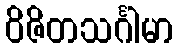
ဝိဇိတသင်္ဂါမာ